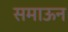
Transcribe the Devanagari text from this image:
समाऊन